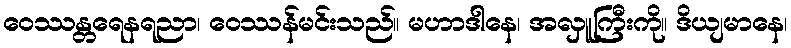
ဝေဿန္တရေနရညာ၊ ဝေဿန်မင်းသည်။ မဟာဒါနေ၊ အလှူကြီးကို။ ဒိယျမာနေ၊